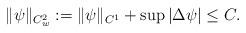
LaTeX: \begin{align*}\|\psi\|_{C^{2}_w}:= \|\psi\|_{C^1}+\sup |\Delta \psi| \leq C. \end{align*}